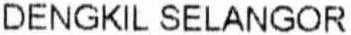
DENGKIL SELANGOR